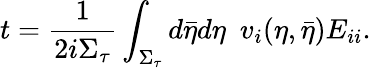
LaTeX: t=\frac{1}{2i\Sigma_{\tau}}\int_{\Sigma_{\tau}}d\bar{\eta}d\eta~~v_{i}(\eta,\bar{\eta})E_{ii}.